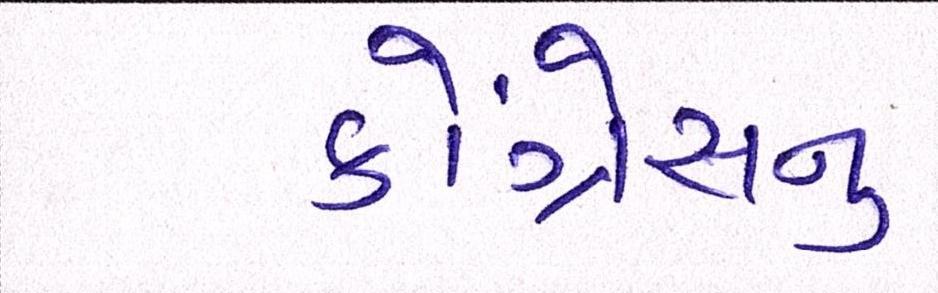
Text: કોંગ્રેસનુ